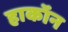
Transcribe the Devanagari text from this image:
हाकॉन